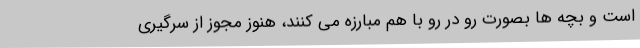
است و بچه ها بصورت رو در رو با هم مبارزه می کنند، هنوز مجوز از سرگیری